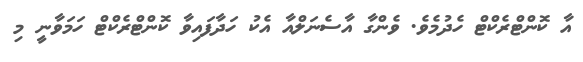
އާ ކޮންޓްރެކްޓް ހެދުމެވެ. ވެންގާ އާސެނަލްއާ އެކު ހަދާފައިވާ ކޮންޓްރެކްޓް ހަމަވާނީ މި